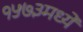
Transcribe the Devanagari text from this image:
१५७३मध्ये